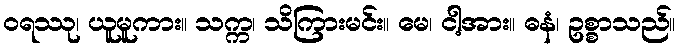
ဝရဿု၊ ယူမူကား။ သက္က၊ သိကြားမင်း။ မေ၊ ငါ့အား။ ဓနံ၊ ဥစ္စာသည်။